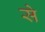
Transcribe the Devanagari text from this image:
से